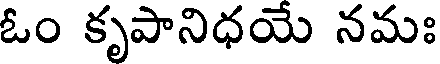
ఓం కృపానిధయే నమః